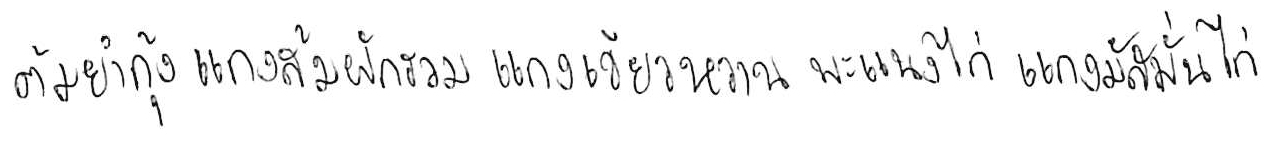
ต้มยำกุ้ง แกงส้มผักรวม แกงเขียวหวาน พะแนงไก่ แกงมัสมั่นไก่